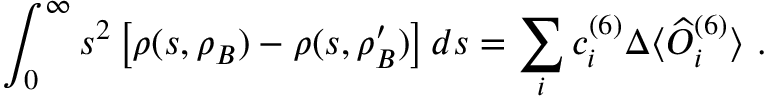
\int _ { 0 } ^ { \infty } s ^ { 2 } \left[ \rho ( s , \rho _ { B } ) - \rho ( s , \rho _ { B } ^ { \prime } ) \right] d s = \sum _ { i } c _ { i } ^ { ( 6 ) } \Delta \langle \widehat { O } _ { i } ^ { ( 6 ) } \rangle \ .